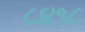
૮૪૧૮